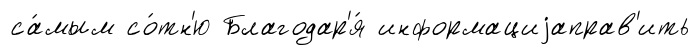
са́мым со́тн'ю Благодар'я́ информациjаправ'ить